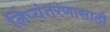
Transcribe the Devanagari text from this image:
लिप्यंतरणासाठी